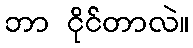
ဘာ ငိုင်တာလဲ။